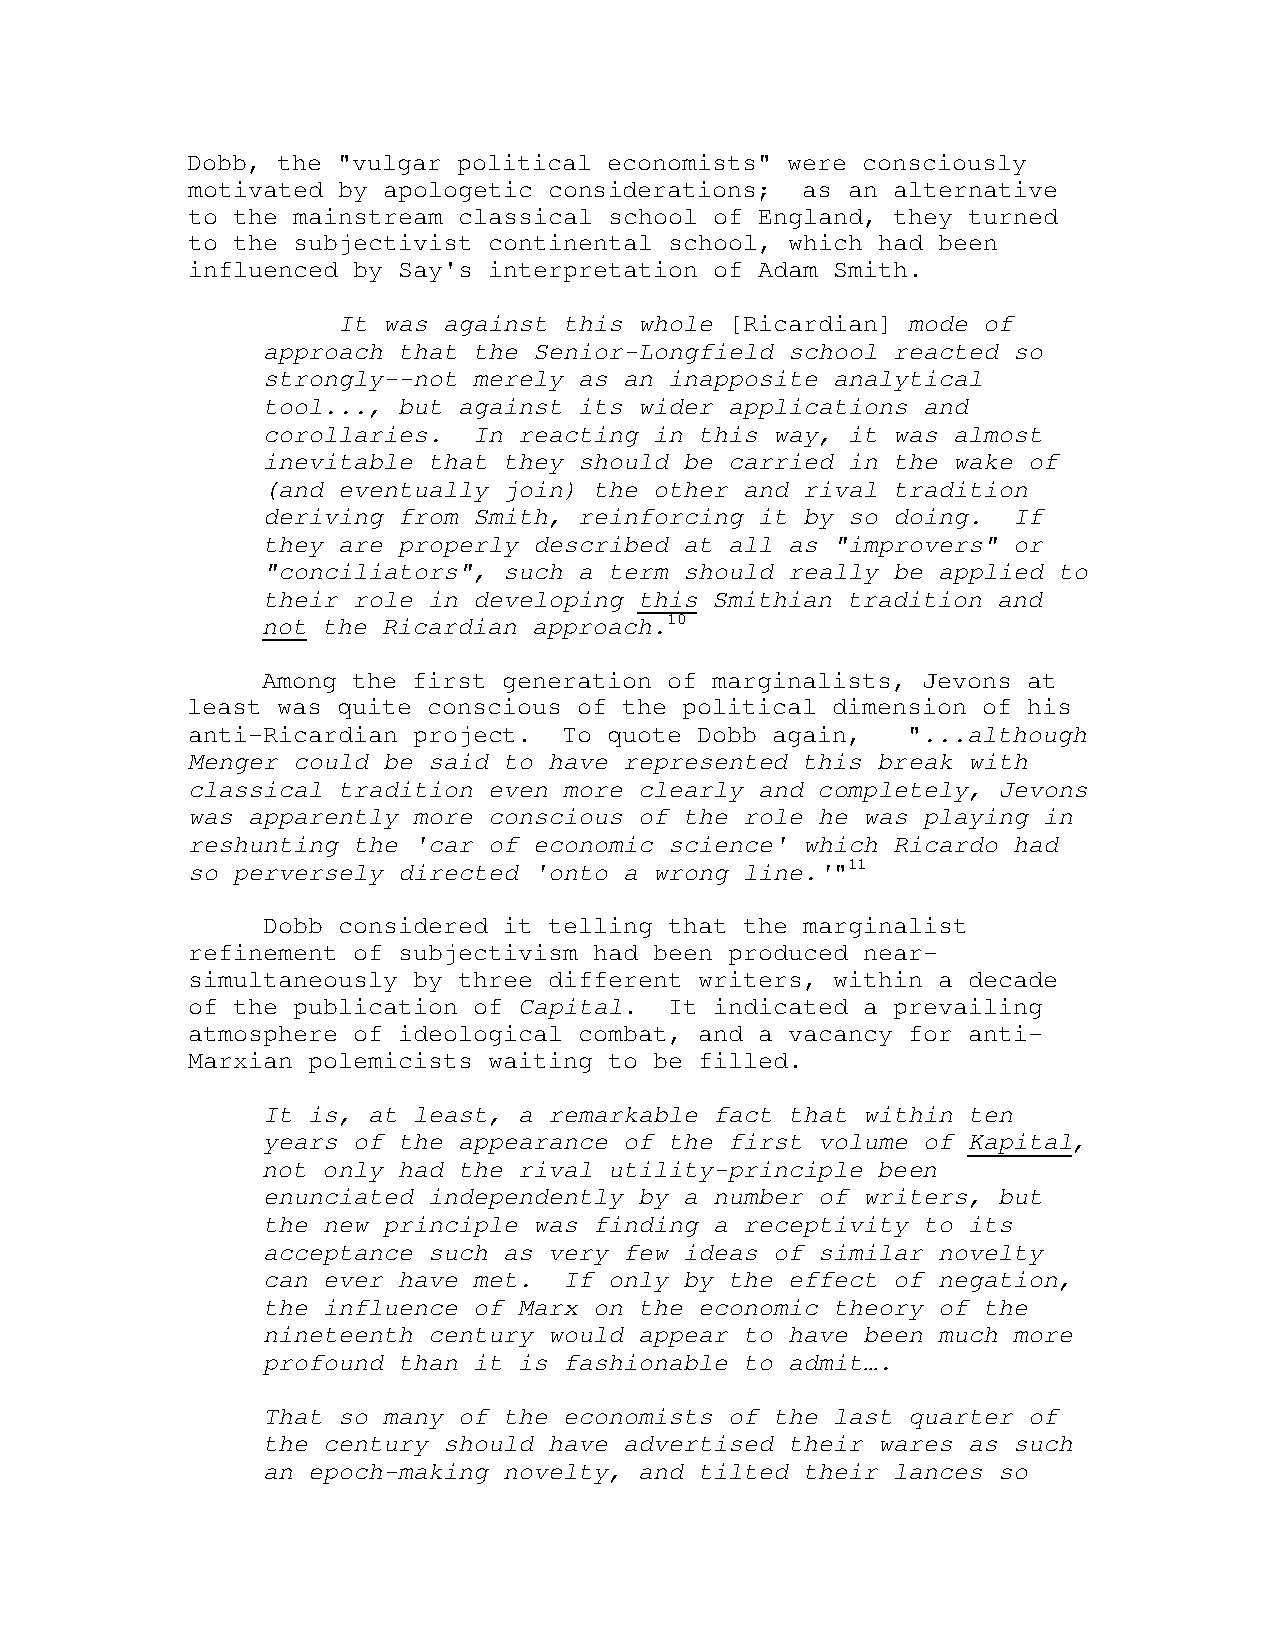
Dobb, the "vulgar political economists" were consciously
 motivated by apologetic considerations;  as an alternative
 to the mainstream classical school of England, they turned
 to the subjectivist continental school, which had been
 influenced by Say's interpretation of Adam Smith.
 It was against this whole [Ricardian] mode of
 approach that the Senior-Longfield school reacted so
 strongly--not merely as an inapposite analytical
 tool..., but against its wider applications and
 corollaries.  In reacting in this way, it was almost
 inevitable that they should be carried in the wake of
 (and eventually join) the other and rival tradition
 deriving from Smith, reinforcing it by so doing.  If
 they are properly described at all as "improvers" or
 "conciliators", such a term should really be applied to
 their role in developing this Smithian tradition and
 not the Ricardian approach.10
 Among the first generation of marginalists, Jevons at
 least was quite conscious of the political dimension of his
 anti-Ricardian project.  To quote Dobb again,   "...although
 Menger could be said to have represented this break with
 classical tradition even more clearly and completely, Jevons
 was apparently more conscious of the role he was playing in
 reshunting the 'car of economic science' which Ricardo had
 so perversely directed 'onto a wrong line.'"11
 Dobb considered it telling that the marginalist
 refinement of subjectivism had been produced near-
 simultaneously by three different writers, within a decade
 of the publication of Capital.  It indicated a prevailing
 atmosphere of ideological combat, and a vacancy for anti-
 Marxian polemicists waiting to be filled.
 It is, at least, a remarkable fact that within ten
 years of the appearance of the first volume of Kapital,
 not only had the rival utility-principle been
 enunciated independently by a number of writers, but
 the new principle was finding a receptivity to its
 acceptance such as very few ideas of similar novelty
 can ever have met.  If only by the effect of negation,
 the influence of Marx on the economic theory of the
 nineteenth century would appear to have been much more
 profound than it is fashionable to admit….
 That so many of the economists of the last quarter of
 the century should have advertised their wares as such
 an epoch-making novelty, and tilted their lances so